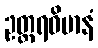
ဥတ္တရဝိမာနံ